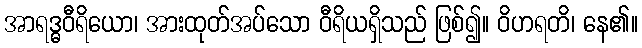
အာရဒ္ဓဝီရိယော၊ အားထုတ်အပ်သော ဝီရိယရှိသည် ဖြစ်၍။ ဝိဟရတိ၊ နေ၏။